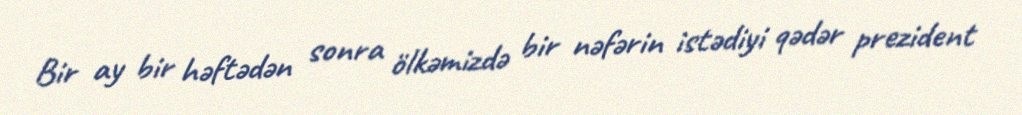
Bir ay bir həftədən sonra ölkəmizdə bir nəfərin istədiyi qədər prezident